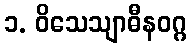
၁. ဝိသေသျာဓီနဝဂ္ဂ